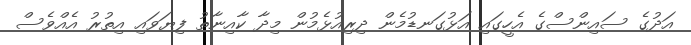
އަދުގެ ސައިންސްގެ އެހީގައި އަޅުގަނޑުމެން ދިރިއުޅެމުން މިދާ ކާއިނާތު ފިޔަވައި އިތުރު އެއްވެސް